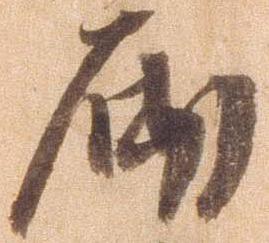
砌